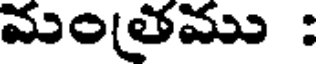
మంతము :